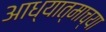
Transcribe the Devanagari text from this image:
आध्यात्माच्या